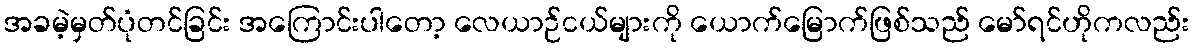
အခမဲ့မှတ်ပုံတင်ခြင်း အကြောင်းပါတော့ လေယာဉ်ငယ်များကို ယောက်မြောက်ဖြစ်သည် မော်ရင်ဟိုကလည်း